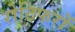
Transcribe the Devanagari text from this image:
रोटिफरों